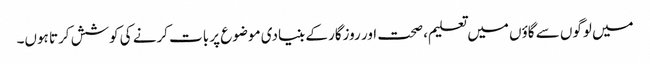
میں لوگوں سے گاؤں میں تعلیم، صحت اور روزگار کے بنیادی موضوع پر بات کرنے کی کوشش کرتا ہوں۔